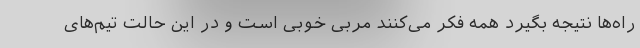
راه‌ها نتیجه بگیرد همه فکر می‌کنند مربی خوبی است و در این حالت تیم‌های